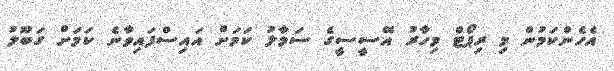
އެހެންކަމުން މި ރިޕޯޓް މިހާރު އޭސީސީގެ ސަމާލު ކަމަށް އައިސްފައިވާނެ ކަމަށް ގަބޫލު